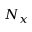
N _ { x }